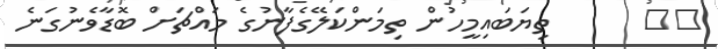
٣١      ތިޔަބައިމީހުން ތިމަންކަލޭގެފާނުގެ މައްޗަށް ބޮޑާވެނުގަނެ